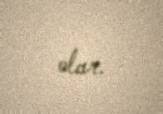
olar.